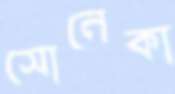
সোনেকা